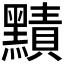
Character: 𪒑